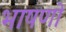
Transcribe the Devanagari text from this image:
भाषणो